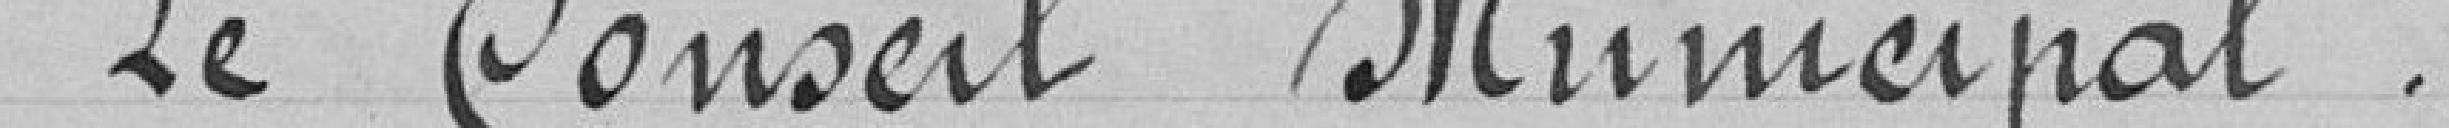
Le Conseil Municipal